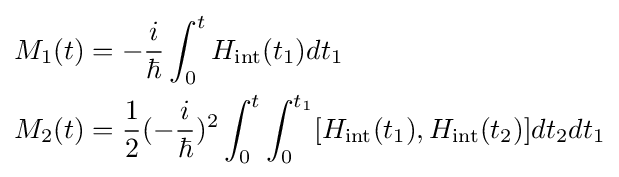
{\begin{aligned}M_{1}(t)&=-{\frac {i}{\hbar }}\int _{0}^{t}H_{\rm {int}}(t_{1})dt_{1}\\M_{2}(t)&={\frac {1}{2}}(-{\frac {i}{\hbar }})^{2}\int _{0}^{t}\int _{0}^{t_{1}}[H_{\rm {int}}(t_{1}),H_{\rm {int}}(t_{2})]dt_{2}dt_{1}\end{aligned}}